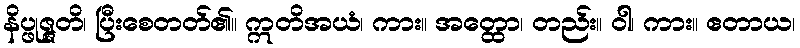
နိပ္ဖုဇ္ဇတိ၊ ပြီးစေတတ်၏။ ဣတိအယံ၊ ကား။ အတ္ထော၊ တည်း။ ဝါ၊ ကား။ ဧတာယ၊